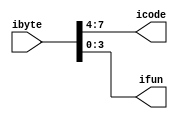
module split(ibyte, icode, ifun);
input [7:0] ibyte;
output [3:0] icode,ifun;
assign icode = ibyte[7:4];
assign ifun = ibyte[3:0];
endmodule

module InstructionMemory(f_pc,f_ibyte,f_ibytes,imem_error);
    
    reg [7:0] instruction_mem [2047:0];

    output reg[7:0] f_ibyte;
    output reg imem_error;
    input [63:0] f_pc;
    output reg[71:0] f_ibytes;

    

    initial 
        begin
            $readmemh("./rr.mem", instruction_mem);
            $display("init");
        end
    always @(f_pc) begin
        $display(instruction_mem[f_pc]);
        
        f_ibytes[71:64] <= instruction_mem[f_pc+1];
        f_ibytes[63:56] <= instruction_mem[f_pc+2];
        f_ibytes[55:48] <= instruction_mem[f_pc+3];
        f_ibytes[47:40] <= instruction_mem[f_pc+4];
        f_ibytes[39:32] <= instruction_mem[f_pc+5];
        f_ibytes[31:24] <= instruction_mem[f_pc+6];
        f_ibytes[23:16] <= instruction_mem[f_pc+7];
        f_ibytes[15:8] <= instruction_mem[f_pc+8];
        f_ibytes[7:0] <= instruction_mem[f_pc+9];
        f_ibyte <= instruction_mem[f_pc];
        imem_error <= (f_pc < 64'd0 || f_pc > 64'd2047 ) ? 1'b1:1'b0;
     
    end

endmodule

module pc_increment(pc, need_regids, need_valC, valP);
input [63:0] pc;
output [63:0] valP;
input need_regids, need_valC;
assign valP = pc + 1 + 8*need_valC + need_regids;
endmodule

module align(ibytes, need_regids, rA, rB, valC);
input [71:0] ibytes;
input need_regids;
output [ 3:0] rA,rB;
output [63:0] valC;
assign rA = ibytes[71:68];
assign rB = ibytes[67:64];
assign valC = need_regids ? ibytes[63:0] : ibytes[71:8];
endmodule